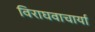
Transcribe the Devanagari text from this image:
विराघवाचार्या